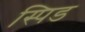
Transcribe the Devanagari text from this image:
स्पिड